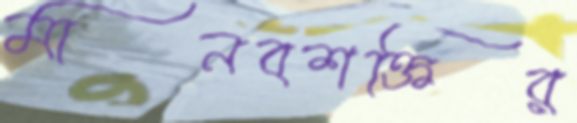
মানবশক্তির